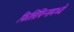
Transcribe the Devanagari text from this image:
फिलिपिन्समध्ये